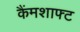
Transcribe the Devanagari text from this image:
कैंमशाफ्ट